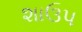
શાઉપ